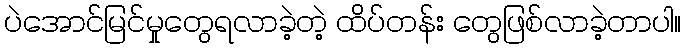
ပဲအောင်မြင်မှုတွေရလာခဲ့တဲ့ ထိပ်တန်း တွေဖြစ်လာခဲ့တာပါ။